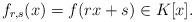
LaTeX: \begin{align*}f_{r,s}(x) = f(rx+s) \in K[x]. \end{align*}